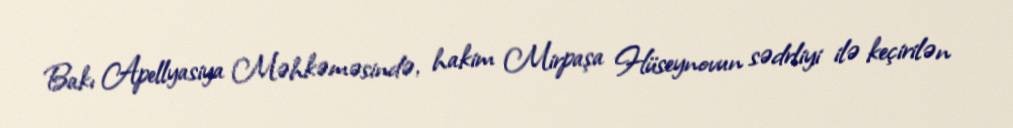
Bakı Apellyasiya Məhkəməsində, hakim Mirpaşa Hüseynovun sədrliyi ilə keçirilən